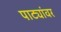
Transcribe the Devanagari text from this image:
पाट्यांवर